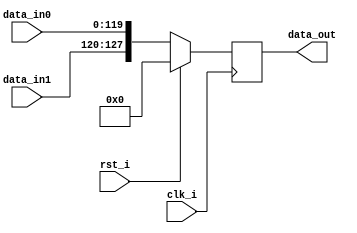
// +FHDR-------------------------------------------------------------------
// TYPE: module
// DEPARTMENT:
// AUTHOR'S EMAIL: 785584784@qq.com
// ------------------------------------------------------------------------
// KEYWORDS: FIFO
// ------------------------------------------------------------------------
// PARAMETERS
//
// ------------------------------------------------------------------------
// REUSE ISSUES
// Reset Strategy: synchronous and high_valid
// Clock Domains: global
// Critical Timing:
// Test Features:
// Asynchronous I/F:
// Scan Methodology:
// Instantiations:
// -FHDR-------------------------------------------------------------------

module FIFO_7 (
    input               clk_i   ,
    input               rst_i   ,
    input  wire [119:0] data_in0,
    input  wire [  7:0] data_in1,
    output reg  [127:0] data_out
);

    always@(posedge clk_i)
        begin
            if(rst_i)
                begin
                    data_out <= 0;
                end
            else
                begin
                    data_out <= { data_in1 , data_in0 };
                end
        end

endmodule